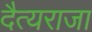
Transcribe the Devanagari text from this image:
दैत्यराजा